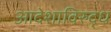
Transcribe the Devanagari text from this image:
आदेशाविरुद्ध